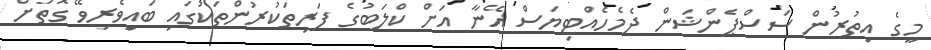
މީގެ އިތުރުން ސަސްޕެންޝަން ދެމެހެއްޓިޔަސް އޭނާ އަށް ކްލަބުގެ ފަރިތަކުރުންތަކުގައި ބައިވެރިވޭ ގޮތަށް